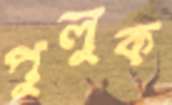
পুলুক